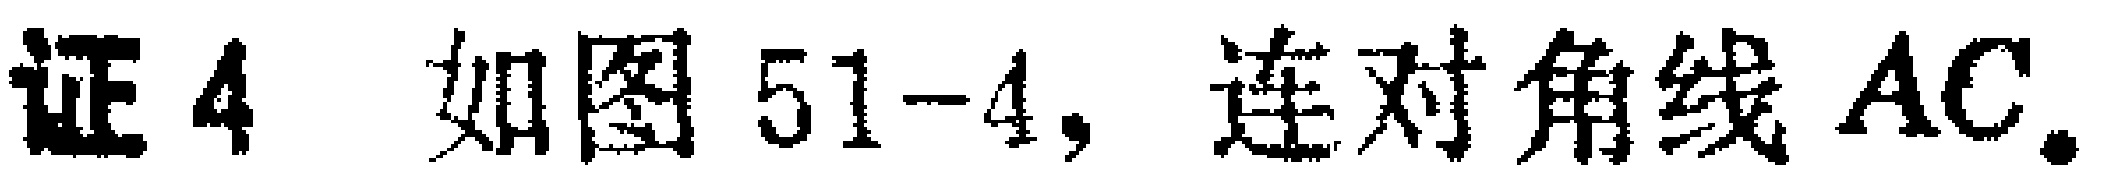
证4 如图51-4, 连对角线 \(AC\).